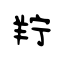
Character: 羜